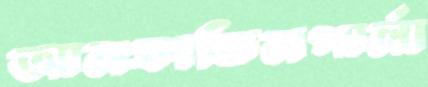
আলফাভিলপার্লা